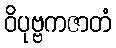
ဝိပုဗ္ဗကဇာတံ